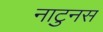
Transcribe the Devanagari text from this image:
नाटुनस